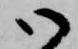
御